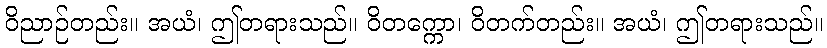
ဝိညာဉ်တည်း။ အယံ၊ ဤတရားသည်။ ဝိတက္ကော၊ ဝိတက်တည်း။ အယံ၊ ဤတရားသည်။